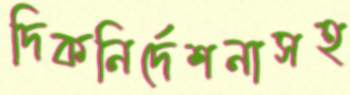
দিকনির্দেশনাসহ